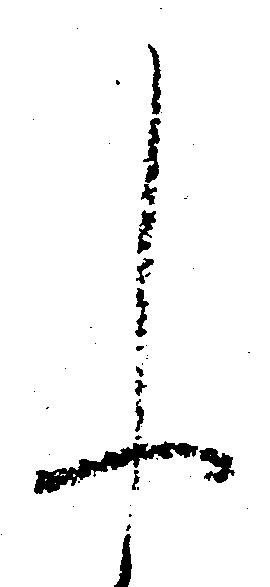
申